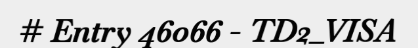
# Entry 46066 - TD2_VISA